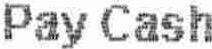
PAY CASH